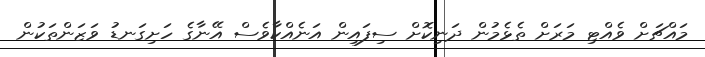
މައްޗަށް ވެއްޓި މަރަށް ތެޅެމުން ދަނިކޮށް ސިފައިން އަނެއްކާވެސް އޭނާގެ ހަށިގަނޑު ވަޒަންތަކުން